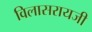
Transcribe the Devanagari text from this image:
विलासरायजी